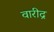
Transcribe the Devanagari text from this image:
वारीद्र